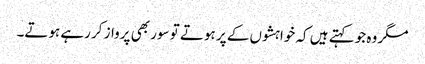
مگر وہ جو کہتے ہیں کہ خواہشوں کے پر ہوتے تو سور بھی پرواز کر رہے ہوتے۔